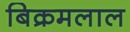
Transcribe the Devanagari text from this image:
बिक्रमलाल